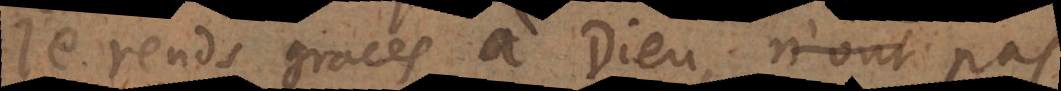
Je rends graces à Dieu, non pas